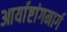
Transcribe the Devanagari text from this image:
आर्याष्टांगमार्ग